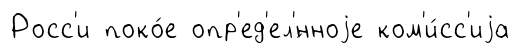
Росс'и поко́е опр'ед'ел'́нноjе ком'и́сс'иjа